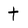
Character: t